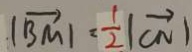
\vert \overrightarrow { B M } \vert = \frac { 1 } { 2 } \vert \overrightarrow { C N } \vert